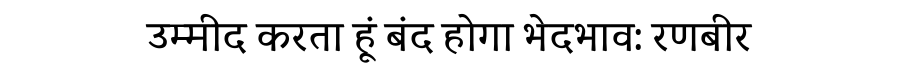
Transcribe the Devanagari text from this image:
उम्मीद करता हूं बंद होगा भेदभाव: रणबीर